system: You are a helpful assistant.
user:
Analyze the provided spectrum to determine if it is a **Carbon Star (C-type)**.

- **Key Visual Indicators of Carbon Star:**
    - **(Primary):** Strong molecular absorption from **C₂ (diatomic carbon) "Swan Bands."** This is the **defining feature** of a carbon star.
        - **(Key Bandheads):** Sharp absorption edges are visible at approximately $5635$ Å, $5165$ Å (the strongest band), and $4737$ Å.
        - **(Line Profile):** Creates a distinct **"saw-tooth"** pattern. The key morphology is a sharp, steep bandhead on the **red (long-wavelength) side**, which then gradually tapers off (i.e., flux recovers) towards the **blue (short-wavelength) side**. *(This is the direct opposite of the TiO bands seen in M-type stars)*.

    - **(Secondary):** Intense **CN (cyanogen)** molecular absorption bands.
        - **(Key Bandheads):** Located in the blue and violet regions of the spectrum (e.g., near $4215$ Å and $3883$ Å).
        - **(Morphology):** These bands are extremely broad and act as a "blanket," absorbing the vast majority of blue and violet light. This creates a characteristic **"cliff"** or **"steep drop-off"** in the spectrum's flux at short wavelengths.

    - **(Key Confirmation):** Strong **CH absorption band (G-band)**.
        - **(Key Bandhead):** Located around $4300$ Å. The contribution from CH molecules to this band is exceptionally strong.

    - **(Overall Spectrum):**
        - The continuum is severely "chopped up" by these deep molecular bands, especially C₂, rather than appearing as a smooth curve.
        - Due to the heavy CN and C₂ absorption in the blue-green, the vast majority of the star's flux is concentrated in the red part of the spectrum, giving the star its characteristic deep red color.

Think first, call **spectral_visualization_tool** if needed to examine features in detail, then provide your final answer. Your response must adhere to the following strict rules:
1.  **Overall Structure:** Your response must follow the format `<think>...</think> <tool_call>...</tool_call> (if a tool is used) <answer>...</answer>`.
2.  **Tool Usage Constraint:** You may only make **one** tool call per turn.
3.  **Final Answer Format:** In the `<answer>` tag, your conclusion must be inside a `\boxed{}` command (e.g., `\boxed{YES}`), followed by your justification.

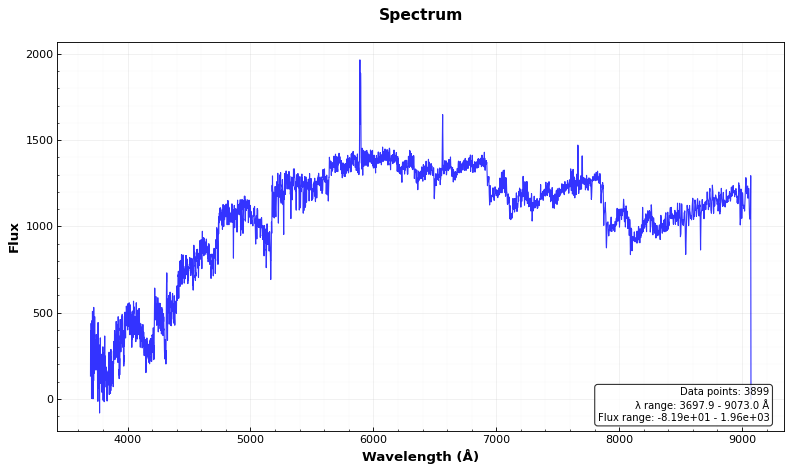
Answer: YES